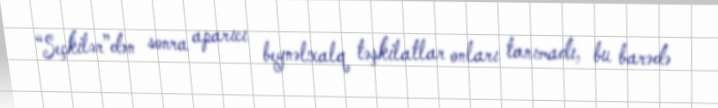
“Seçkilər”dən sonra aparıcı beynəlxalq təşkilatlar onları tanımadı, bu barədə